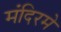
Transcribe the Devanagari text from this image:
मंदिरमे